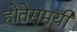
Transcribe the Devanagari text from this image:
होतेसमयी